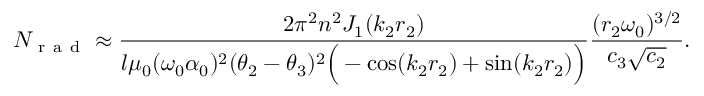
N _ { \mathrm { ~ r ~ a ~ d ~ } } \approx \frac { 2 \pi ^ { 2 } n ^ { 2 } J _ { 1 } ( k _ { 2 } r _ { 2 } ) } { l \mu _ { 0 } ( \omega _ { 0 } \alpha _ { 0 } ) ^ { 2 } ( \theta _ { 2 } - \theta _ { 3 } ) ^ { 2 } \Big ( - \cos ( k _ { 2 } r _ { 2 } ) + \sin ( k _ { 2 } r _ { 2 } ) \Big ) } \frac { ( r _ { 2 } \omega _ { 0 } ) ^ { 3 / 2 } } { c _ { 3 } \sqrt { c _ { 2 } } } .